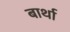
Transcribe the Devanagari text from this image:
बार्था